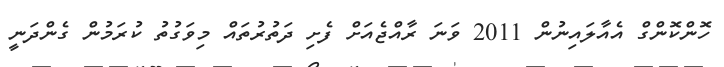
ހޮންކޮންގް އެއާލައިނުން 2011 ވަނަ ރާއްޖެއަށް ފެށި ދަތުރުތައް މިވަގުތު ކުރަމުން ގެންދަނީ